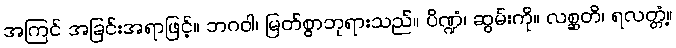
အကြင် အခြင်းအရာဖြင့်။ ဘဂဝါ၊ မြတ်စွာဘုရားသည်။ ပိဏ္ဍံ၊ ဆွမ်းကို။ လစ္ဆတိ၊ ရလတ္တံ့။